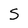
Character: S